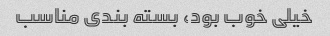
خیلی خوب بود، بسته بندی مناسب